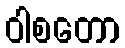
ဝါစတော